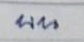
บน